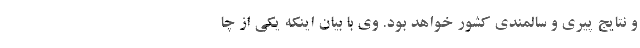
و نتایج پیری و سالمندی کشور خواهد بود. وی با بیان اینکه یکی از چا